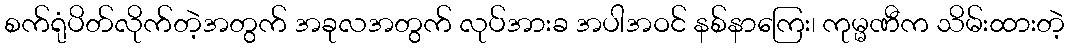
စက်ရုံပိတ်လိုက်တဲ့အတွက် အခုလအတွက် လုပ်အားခ အပါအဝင် နစ်နာကြေး၊ ကုမ္မဏီက သိမ်းထားတဲ့